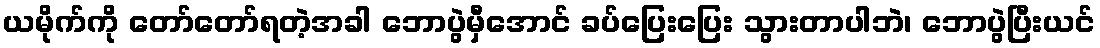
ယမိုက်ကို တော်တော်ရတဲ့အခါ ဘောပွဲမှီအောင် ခပ်ပြေးပြေး သွားတာပါဘဲ၊ ဘောပွဲပြီးယင်